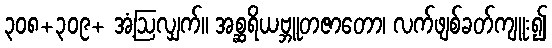
၃၀၈+၃၀၉+ အံ့ဩလျှက်။ အစ္ဆရိယဗ္ဘူတဇာတော၊ လက်ဖျစ်ခတ်ကျူး၍